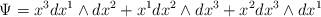
LaTeX: \begin{align*}\Psi =x^3dx^1\wedge dx^2+x^1dx^2\wedge dx^3+x^2dx^3\wedge dx^1\end{align*}